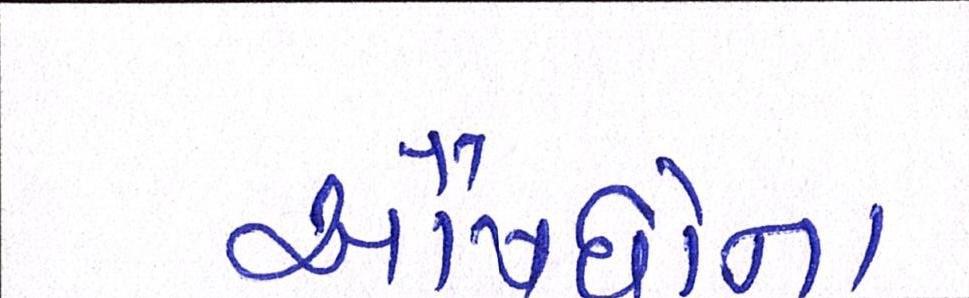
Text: ઔષધોના